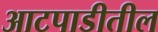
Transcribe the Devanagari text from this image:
आटपाडीतील